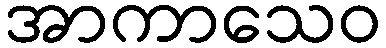
အာကာသေဝ